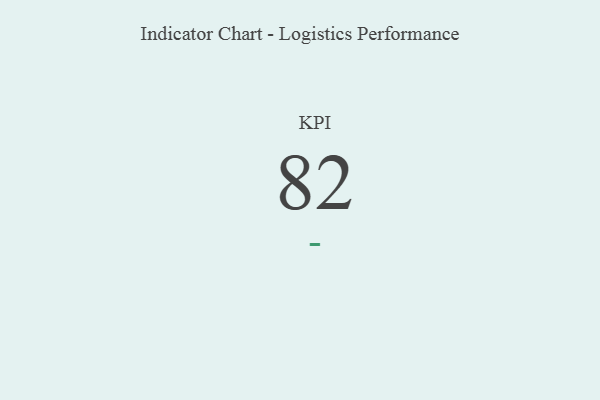
{"axis": {"x": "KPI", "y": "Value"}, "legend": [""], "data": [{"x": "KPI", "y": 82, "type": ""}]}